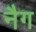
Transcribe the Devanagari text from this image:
नैग